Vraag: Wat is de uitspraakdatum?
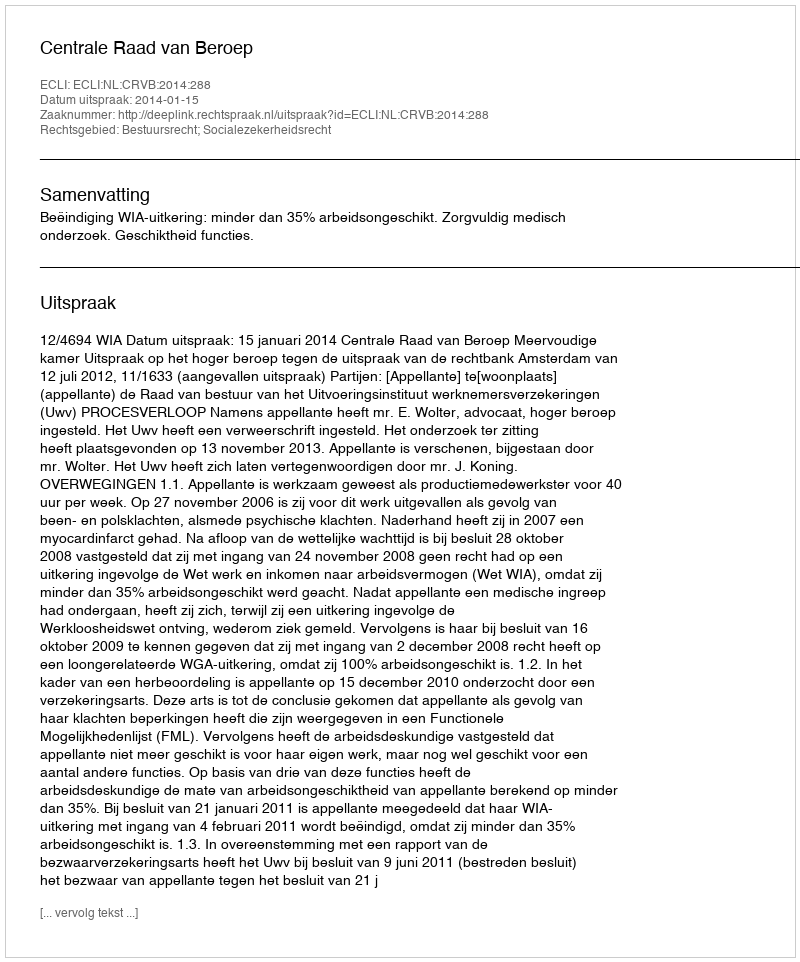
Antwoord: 2014-01-15